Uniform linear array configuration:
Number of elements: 48
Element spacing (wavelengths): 0.5
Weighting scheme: binomial
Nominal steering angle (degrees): -45
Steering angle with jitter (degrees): -43.277
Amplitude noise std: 0.05
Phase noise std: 0.05

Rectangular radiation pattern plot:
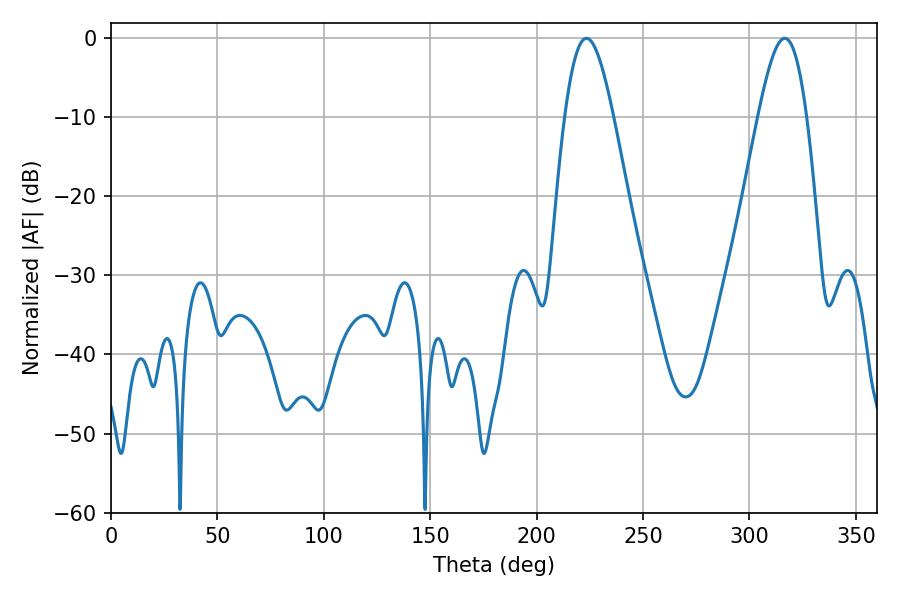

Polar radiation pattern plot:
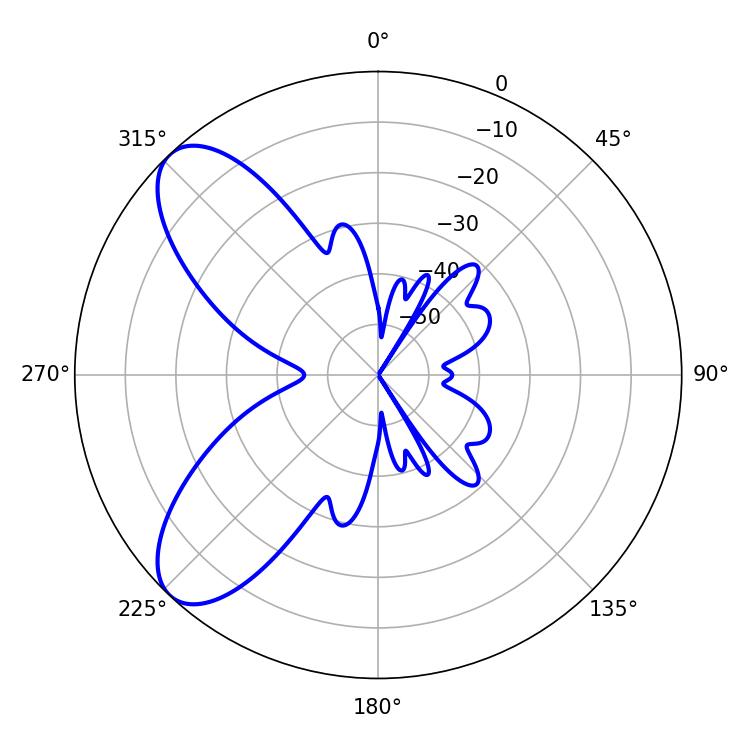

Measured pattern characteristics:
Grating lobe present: FALSE
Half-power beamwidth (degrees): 12.24
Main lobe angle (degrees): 223.38